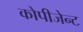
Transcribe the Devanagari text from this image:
कोपीजेन्ट